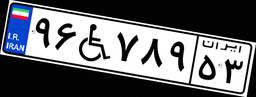
۹۶W۷۸۹۵۳